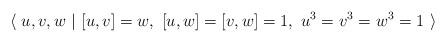
LaTeX: \begin{align*}\langle~u,v,w~|~[u,v]=w,~[u,w]=[v,w]=1,~u^3=v^3=w^3=1~\rangle \end{align*}